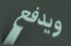
ويدفع